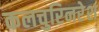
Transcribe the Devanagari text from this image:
कलचुरिनरेश